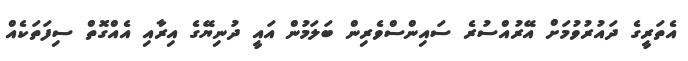
އެތަރީގެ ދައުރުވުމަށް އޭރުއްސުރެ ސައިންސްވެރިން ބަލަމުން އައީ ދުނިޔޭގެ އިރާއި އެއްގޮތް ސިފަތަކެއް